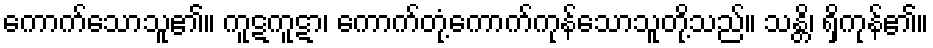
ကောက်သောသူ၏။ ကူဋကူဋာ၊ ကောက်တုံ့ကောက်ကုန်သောသူတို့သည်။ သန္တိ၊ ရှိကုန်၏။